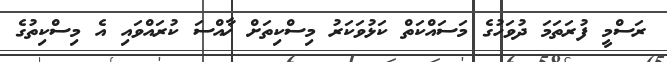
ރަސްމީ ފުރަތަމަ ދުވަހުގެ މަސައްކަތް ކަޅުވަކަރު މިސްކިތަށް ޚާއްސަ ކުރައްވައި އެ މިސްކިތުގެ